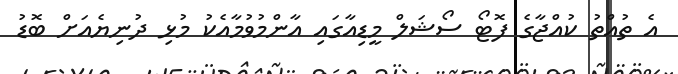
އެ ތުއްތު ކުއްޖާގެ ފޮޓޯ ސޯޝަލް މީޑިއާގައި އާންމުވުމާއެކު މުޅި ދުނިޔެއަށް ބޮޑު